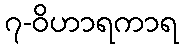
၇-ဝိဟာရကာရ